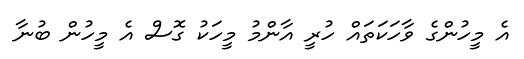
އެ މީހުންގެ ވާހަކަތައް ހުރީ އާންމު މީހަކު ގޮސް އެ މީހުން ބުނާ